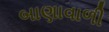
બાણાવાળી